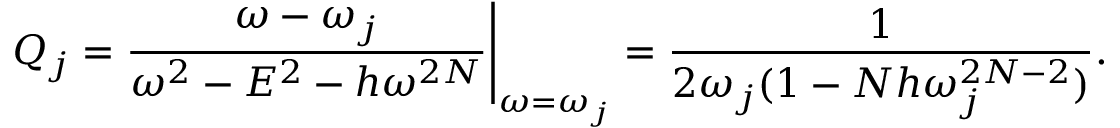
Q _ { j } = { \frac { \omega - \omega _ { j } } { \omega ^ { 2 } - E ^ { 2 } - h \omega ^ { 2 N } } } \Bigg | _ { \omega = \omega _ { j } } = { \frac { 1 } { 2 \omega _ { j } ( 1 - N h \omega _ { j } ^ { 2 N - 2 } ) } } .